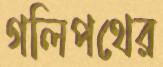
গলিপথের